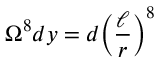
\Omega ^ { 8 } d y = d { \left( \frac { \ell } { r } \right) } ^ { 8 }